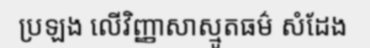
ប្រឡង លើវិញ្ញាសាស្មូតធម៌ សំដែង